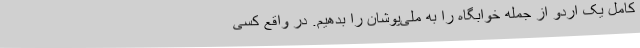
کامل یک اردو از جمله خوابگاه را به ملی‌پوشان را بدهیم. در واقع کسی